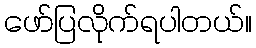
ဖော်ပြလိုက်ရပါတယ်။